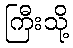
ကြီးသို့